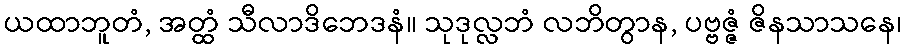
ယထာဘူတံ, အတ္ထံ သီလာဒိဘေဒနံ။ သုဒုလ္လဘံ လဘိတွာန, ပဗ္ဗဇ္ဇံ ဇိနသာသနေ၊